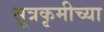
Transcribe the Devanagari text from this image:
सूत्रकृमीच्या